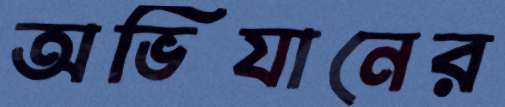
অভিযানের